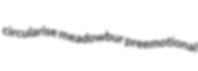
circularise meadowbur preemotional